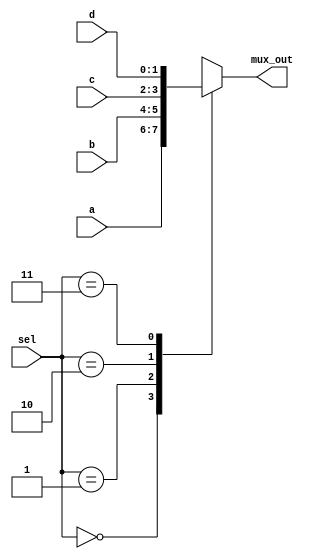
module mux #(parameter N=2)(
input [N-1:0] a, 
input [N-1:0] b, 
input [N-1:0] c, 
input [N-1:0] d, 
input [1:0] sel, 
output[N-1:0] mux_out 
);
reg [N-1:0] mux_temp;
assign mux_out=mux_temp;

//always_comb 
always @ (a or b or c or d or sel) 
case (sel) 
  0 : mux_temp = a; 
  1 : mux_temp = b; 
  2 : mux_temp = c; 
  3 : mux_temp = d; 
  default : $display("Error with sel signal"); 
endcase 
    
endmodule